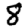
Digit: 8